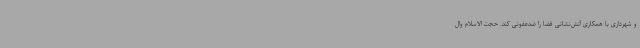
و شهرداری با همکاری آتش‌نشانی فضا را ضدعفونی کند. حجت الاسلام وال